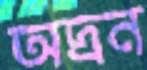
অদ্রন